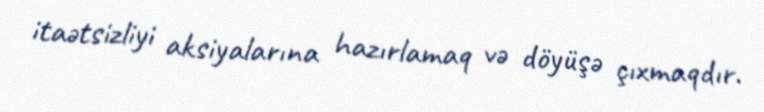
itaətsizliyi aksiyalarına hazırlamaq və döyüşə çıxmaqdır.